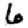
Digit: 6